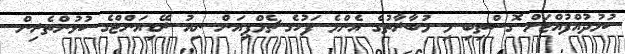
ކުޅުދުއްފުއްޓަށް ގޮސްތިބި މި މުބާރާތުގެ އެންމެ ފަހުގެ ޗެމްޕިއަން ނިއު ރޭޑިއަންޓްގެ ކުޅުންތެރިން